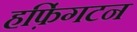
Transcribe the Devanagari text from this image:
हफ़िंगटन